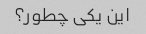
این یکی چطور؟